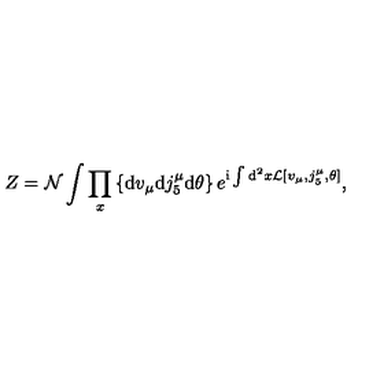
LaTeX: Z = { \cal N } \int \prod _ { x } \left\{ \mathrm { d } v _ { \mu } \mathrm { d } j _ { 5 } ^ { \mu } \mathrm { d } \theta \right\} e ^ { \mathrm { i } \int \mathrm { d } ^ { 2 } x { \cal L } [ v _ { \mu } , j _ { 5 } ^ { \mu } , \theta ] } ,